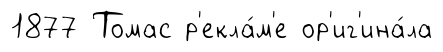
1877 Томас р'екла́м'е ор'иг'ина́ла